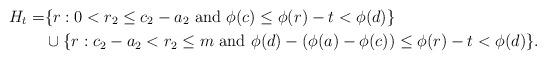
LaTeX: \begin{align*}H_t = &\{r : 0 < r_2 \leq c_2-a_2 \textrm{ and } \phi(c) \leq \phi(r)-t < \phi(d)\} \\&\cup \{r: c_2-a_2 < r_2 \leq m \textrm{ and } \phi(d)-(\phi(a)-\phi(c)) \leq \phi(r)-t < \phi(d)\}.\end{align*}